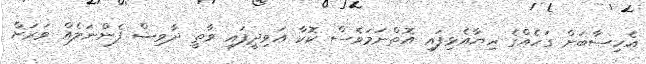
އެހިސާބަށް ގަހެއްގެ ހިޔާއެޅިފައި އޮތްނަމަވެސް ކޮކާ އަވިދީފައި ވާތީ ދާވިޝް ފެންނަލެއް ވަރަށް